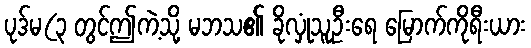
ပုဒ်မ(၃ တွင်ဤကဲ့သို့ မဘသ၏ ခိုလှုံသူဦးရေ မြောက်ကိုရီးယား